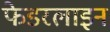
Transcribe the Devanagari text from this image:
फेडरलाइन